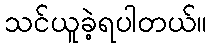
သင်ယူခဲ့ရပါတယ်။